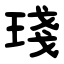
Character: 琖